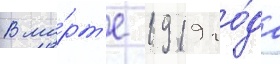
В ма́рт'е 1919 го́да